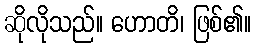
ဆိုလိုသည်။ ဟောတိ၊ ဖြစ်၏။